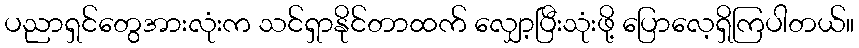
ပညာရှင်တွေအားလုံးက သင်ရှာနိုင်တာထက် လျှော့ပြီးသုံးဖို့ ပြောလေ့ရှိကြပါတယ်။